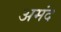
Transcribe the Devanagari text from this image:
अमंद